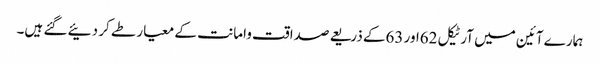
ہمارے آئین میں آرٹیکل 62اور 63کے ذریعے صداقت وامانت کے معیار طے کر دئیے گئے ہیں۔